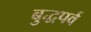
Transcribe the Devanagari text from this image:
बुद्धपर्व